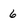
Character: 6